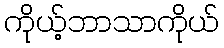
ကိုယ့်ဘာသာကိုယ်